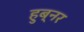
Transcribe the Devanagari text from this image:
हुब्नर